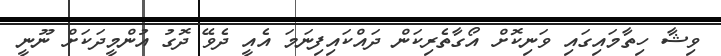
ވިޝާ ހިތާމައިގައި ވަނިކޮށް އޯގާތެރިކަން ދައްކައިފިނަމަ އެއީ ދެވޭ ދޮގު އުންމީދަކަށް ނޫނީ